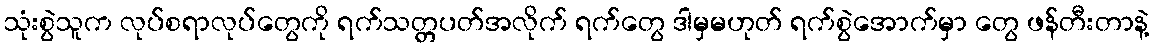
သုံးစွဲသူက လုပ်စရာလုပ်တွေကို ရက်သတ္တပတ်အလိုက် ရက်တွေ ဒါမှမဟုတ် ရက်စွဲအောက်မှာ တွေ ဖန်တီးတာနဲ့